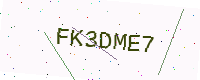
Text: FK3DME7